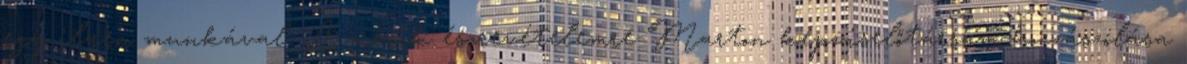
egy ilyen munkával. A másik észrevételemre Marton képviselőtársam hozzászólása